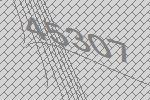
45307